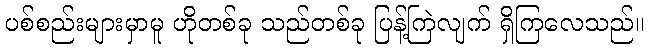
ပစ်စည်းများမှာမူ ဟိုတစ်ခု သည်တစ်ခု ပြန့်ကြဲလျက် ရှိကြလေသည်။